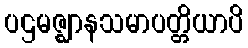
ပဌမဇ္ဈာနသမာပတ္တိယာပိ